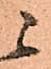
ニ